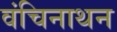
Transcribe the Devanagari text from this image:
वंचिनाथन